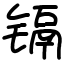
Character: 镉